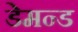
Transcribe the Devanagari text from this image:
डेमन्ड